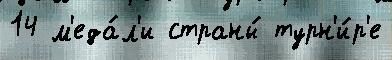
14 м'еда́л'и страны́ турн'и́р'е